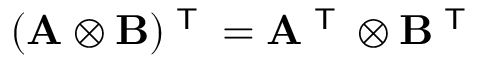
( \mathbf { A } \otimes \mathbf { B } ) ^ { \textsf { T } } = \mathbf { A } ^ { \textsf { T } } \otimes \mathbf { B } ^ { \textsf { T } }